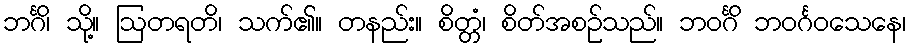
ဘင်္ဂိ၊ သို့။ ဩတရတိ၊ သက်၏။ တနည်း။ စိတ္တံ၊ စိတ်အစဉ်သည်။ ဘဝင်္ဂိ ဘဝင်္ဂဝသေနေ၊